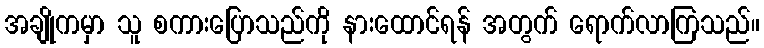
အချိုကမှာ သူ စကားပြောသည်ကို နားထောင်ရန် အတွက် ရောက်လာကြသည်။